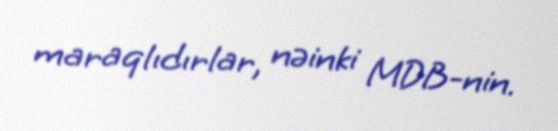
maraqlıdırlar, nəinki MDB-nin.